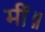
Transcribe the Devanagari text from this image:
मीं॥